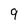
Character: 9